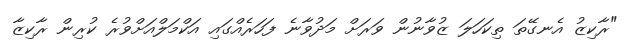
"ރާކިޒު އެނގޭތަ ތިކަހަލަ ޒުވާނުން ވަރަށް މަދުވާނެ ފަހަރެއްގައި އަކްމަލްއަށްވުރެ ކުރިން ރާކިޒާ